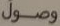
وصول